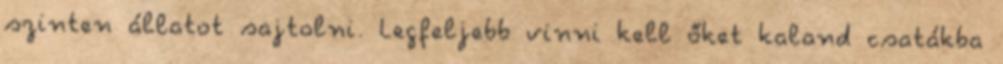
szinten állatot sajtolni. Legfeljebb vinni kell őket kaland csatákba